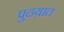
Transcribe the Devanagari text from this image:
पुढय़ात